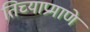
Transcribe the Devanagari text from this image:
तिच्याप्रमाणे